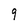
Character: 9